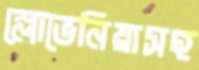
স্লোভেনিয়াসহ